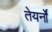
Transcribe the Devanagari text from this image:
तेयर्नों